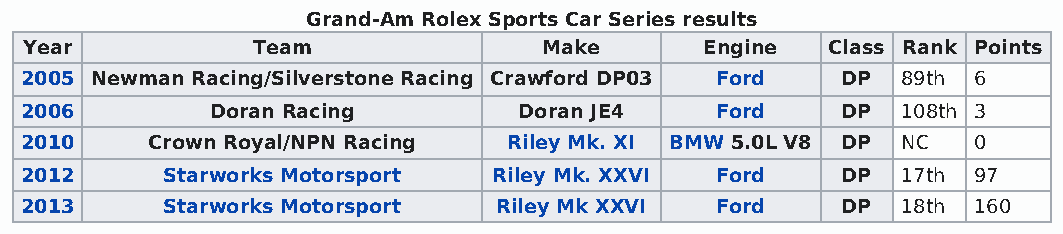
Grand-Am Rolex Sports Car Series results
 Year           Team               Make       Engine  Class Rank Points
 2005 Newman Racing/Silverstone Racing Crawford DP03 Ford DP 89th 6
 2006         Doran Racing        Doran JE4    Ford     DP  108th 3
 2010     Crown Royal/NPN Racing  Riley Mk. XI BMW 5.0L V8 DP NC 0
 2012      Starworks Motorsport  Riley Mk. XXVI Ford    DP  17th 97
 2013      Starworks Motorsport  Riley Mk XXVI Ford     DP  18th 160